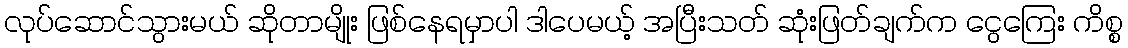
လုပ်ဆောင်သွားမယ် ဆိုတာမျိုး ဖြစ်နေရမှာပါ ဒါပေမယ့် အပြီးသတ် ဆုံးဖြတ်ချက်က ငွေကြေး ကိစ္စ